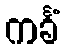
ကင်္ခံ